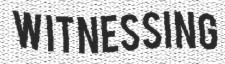
WITNESSING